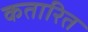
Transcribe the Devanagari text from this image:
कतारित